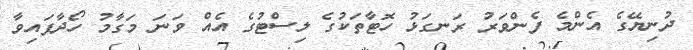
ދުނިޔޭގެ އެންމެ ފެންވަރު ރަނގަޅު ހޮޓާތަކުގެ ލިސްޓުގެ އެއް ވަނަ މަގާމު ހޯދާފައިވާ